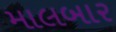
માલબાર